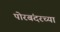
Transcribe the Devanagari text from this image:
पोरबंदरच्या